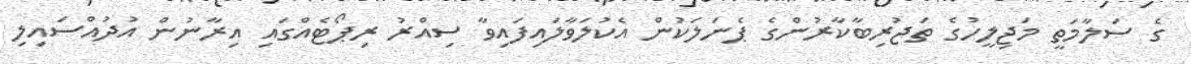
ގެ ސަލާމަތީ މަޖިލީހުގެ ތަޖުރިބާކާރުންގެ ޕެނަލަކުން އެކުލަވާލައިފައިވާ ސިއްރު ރިޕޯޓެއްގައި އިރާނުން އުދުއްސައިލި